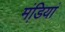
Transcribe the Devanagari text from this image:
मंडि़यां